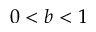
0 < b < 1